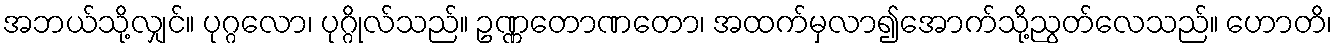
အဘယ်သို့လျှင်။ ပုဂ္ဂလော၊ ပုဂ္ဂိုလ်သည်။ ဥဏ္ဏတောဏတော၊ အထက်မှလာ၍အောက်သို့ညွတ်လေသည်။ ဟောတိ၊